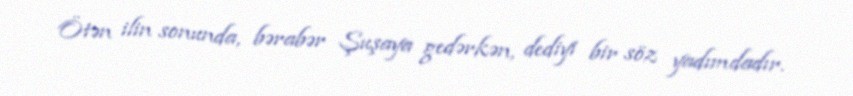
Ötən ilin sonunda, bərabər Şuşaya gedərkən, dediyi bir söz yadımdadır.